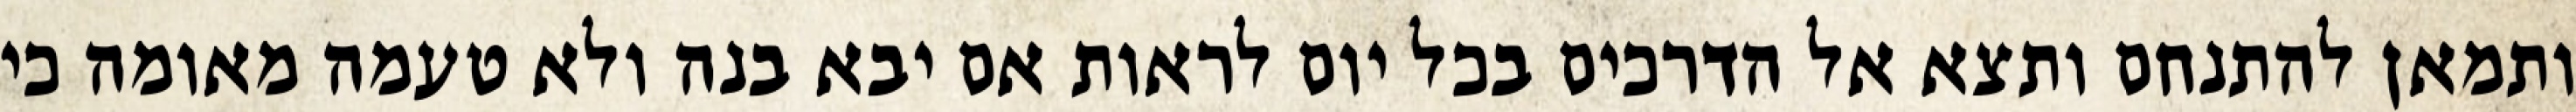
ותמאן להתנחם ותצא אל הדרכים בכל יום לראות אם יבא בנה ולא טעמה מאומה כי